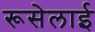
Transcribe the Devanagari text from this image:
रूसेलाई